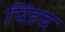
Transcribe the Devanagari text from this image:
पिंडच